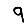
Digit: 9